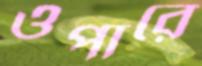
ওপারে